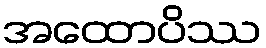
အထောပိဿ